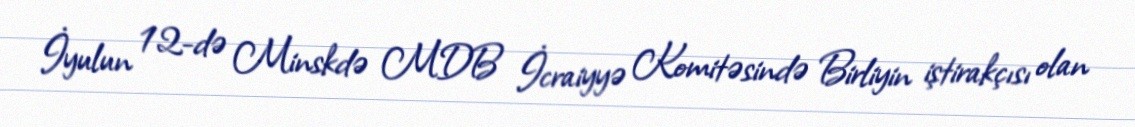
İyulun 12-də Minskdə MDB İcraiyyə Komitəsində Birliyin iştirakçısı olan